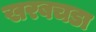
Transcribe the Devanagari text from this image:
खरबचडा